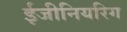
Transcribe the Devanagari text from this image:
ईजीनियरिग